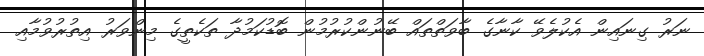
ނަރު ގިނައިން އެކުލެވޭ ކާނާގެ ބާވަތްތައް ބޭނުންކުރުމުން ބޮޑުކަމުދާ ތަކެތީގެ މިންވަރު އިތުރުވުމާއި